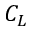
C _ { L }